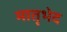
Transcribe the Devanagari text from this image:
मातृभेद